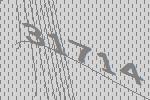
31714